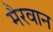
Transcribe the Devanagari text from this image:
मैरवान